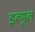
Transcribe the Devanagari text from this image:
इल्मुल